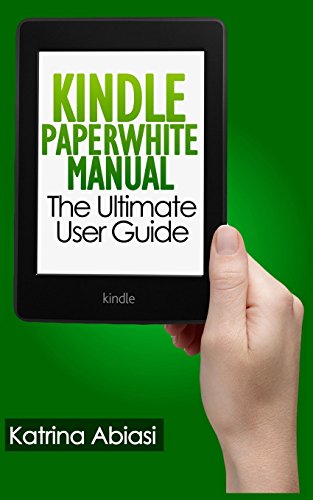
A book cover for Kindle Paperwhite Manual: The Ultimate User Guide; Katrina Abiasi; Computers & Technology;